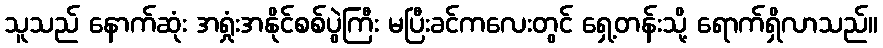
သူသည် နောက်ဆုံး အရှုံးအနိုင်စစ်ပွဲကြီး မပြီးခင်ကလေးတွင် ရှေ့တန်းသို့ ရောက်ရှိလာသည်။